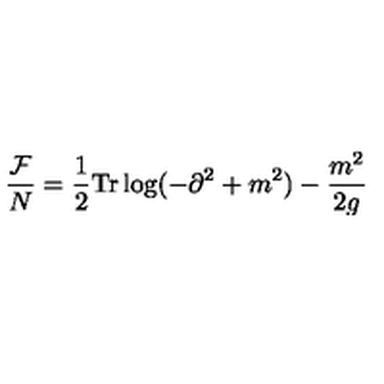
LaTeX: \frac { { \cal F } } { N } = \frac { 1 } { 2 } \mathrm { T r } \log ( - \partial ^ { 2 } + m ^ { 2 } ) - \frac { m ^ { 2 } } { 2 g }